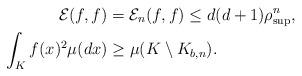
LaTeX: \begin{align*} \mathcal{E} (f,f) &= \mathcal{E} _n(f,f) \leq d(d+1) \rho^n_{\sup}, \\ \int_K f(x)^2 \mu(dx) & \geq \mu(K\setminus K_{b,n}).\end{align*}